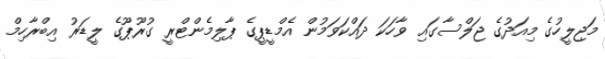
މަޖިލީހުގެ މިއަދުގެ ޖަލްސާގައި ވާހަކަ ދައްކަވަމުން އެމްޑީޕީގެ ޕާލިމެންޓްރީ ގުރޫޕޫގެ ލީޑަރު އިބްރާހިމް